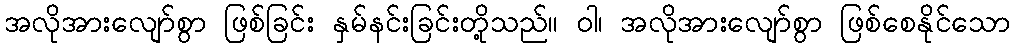
အလိုအားလျော်စွာ ဖြစ်ခြင်း နှမ်နင်းခြင်းတို့သည်။ ဝါ၊ အလိုအားလျော်စွာ ဖြစ်စေနိုင်သော